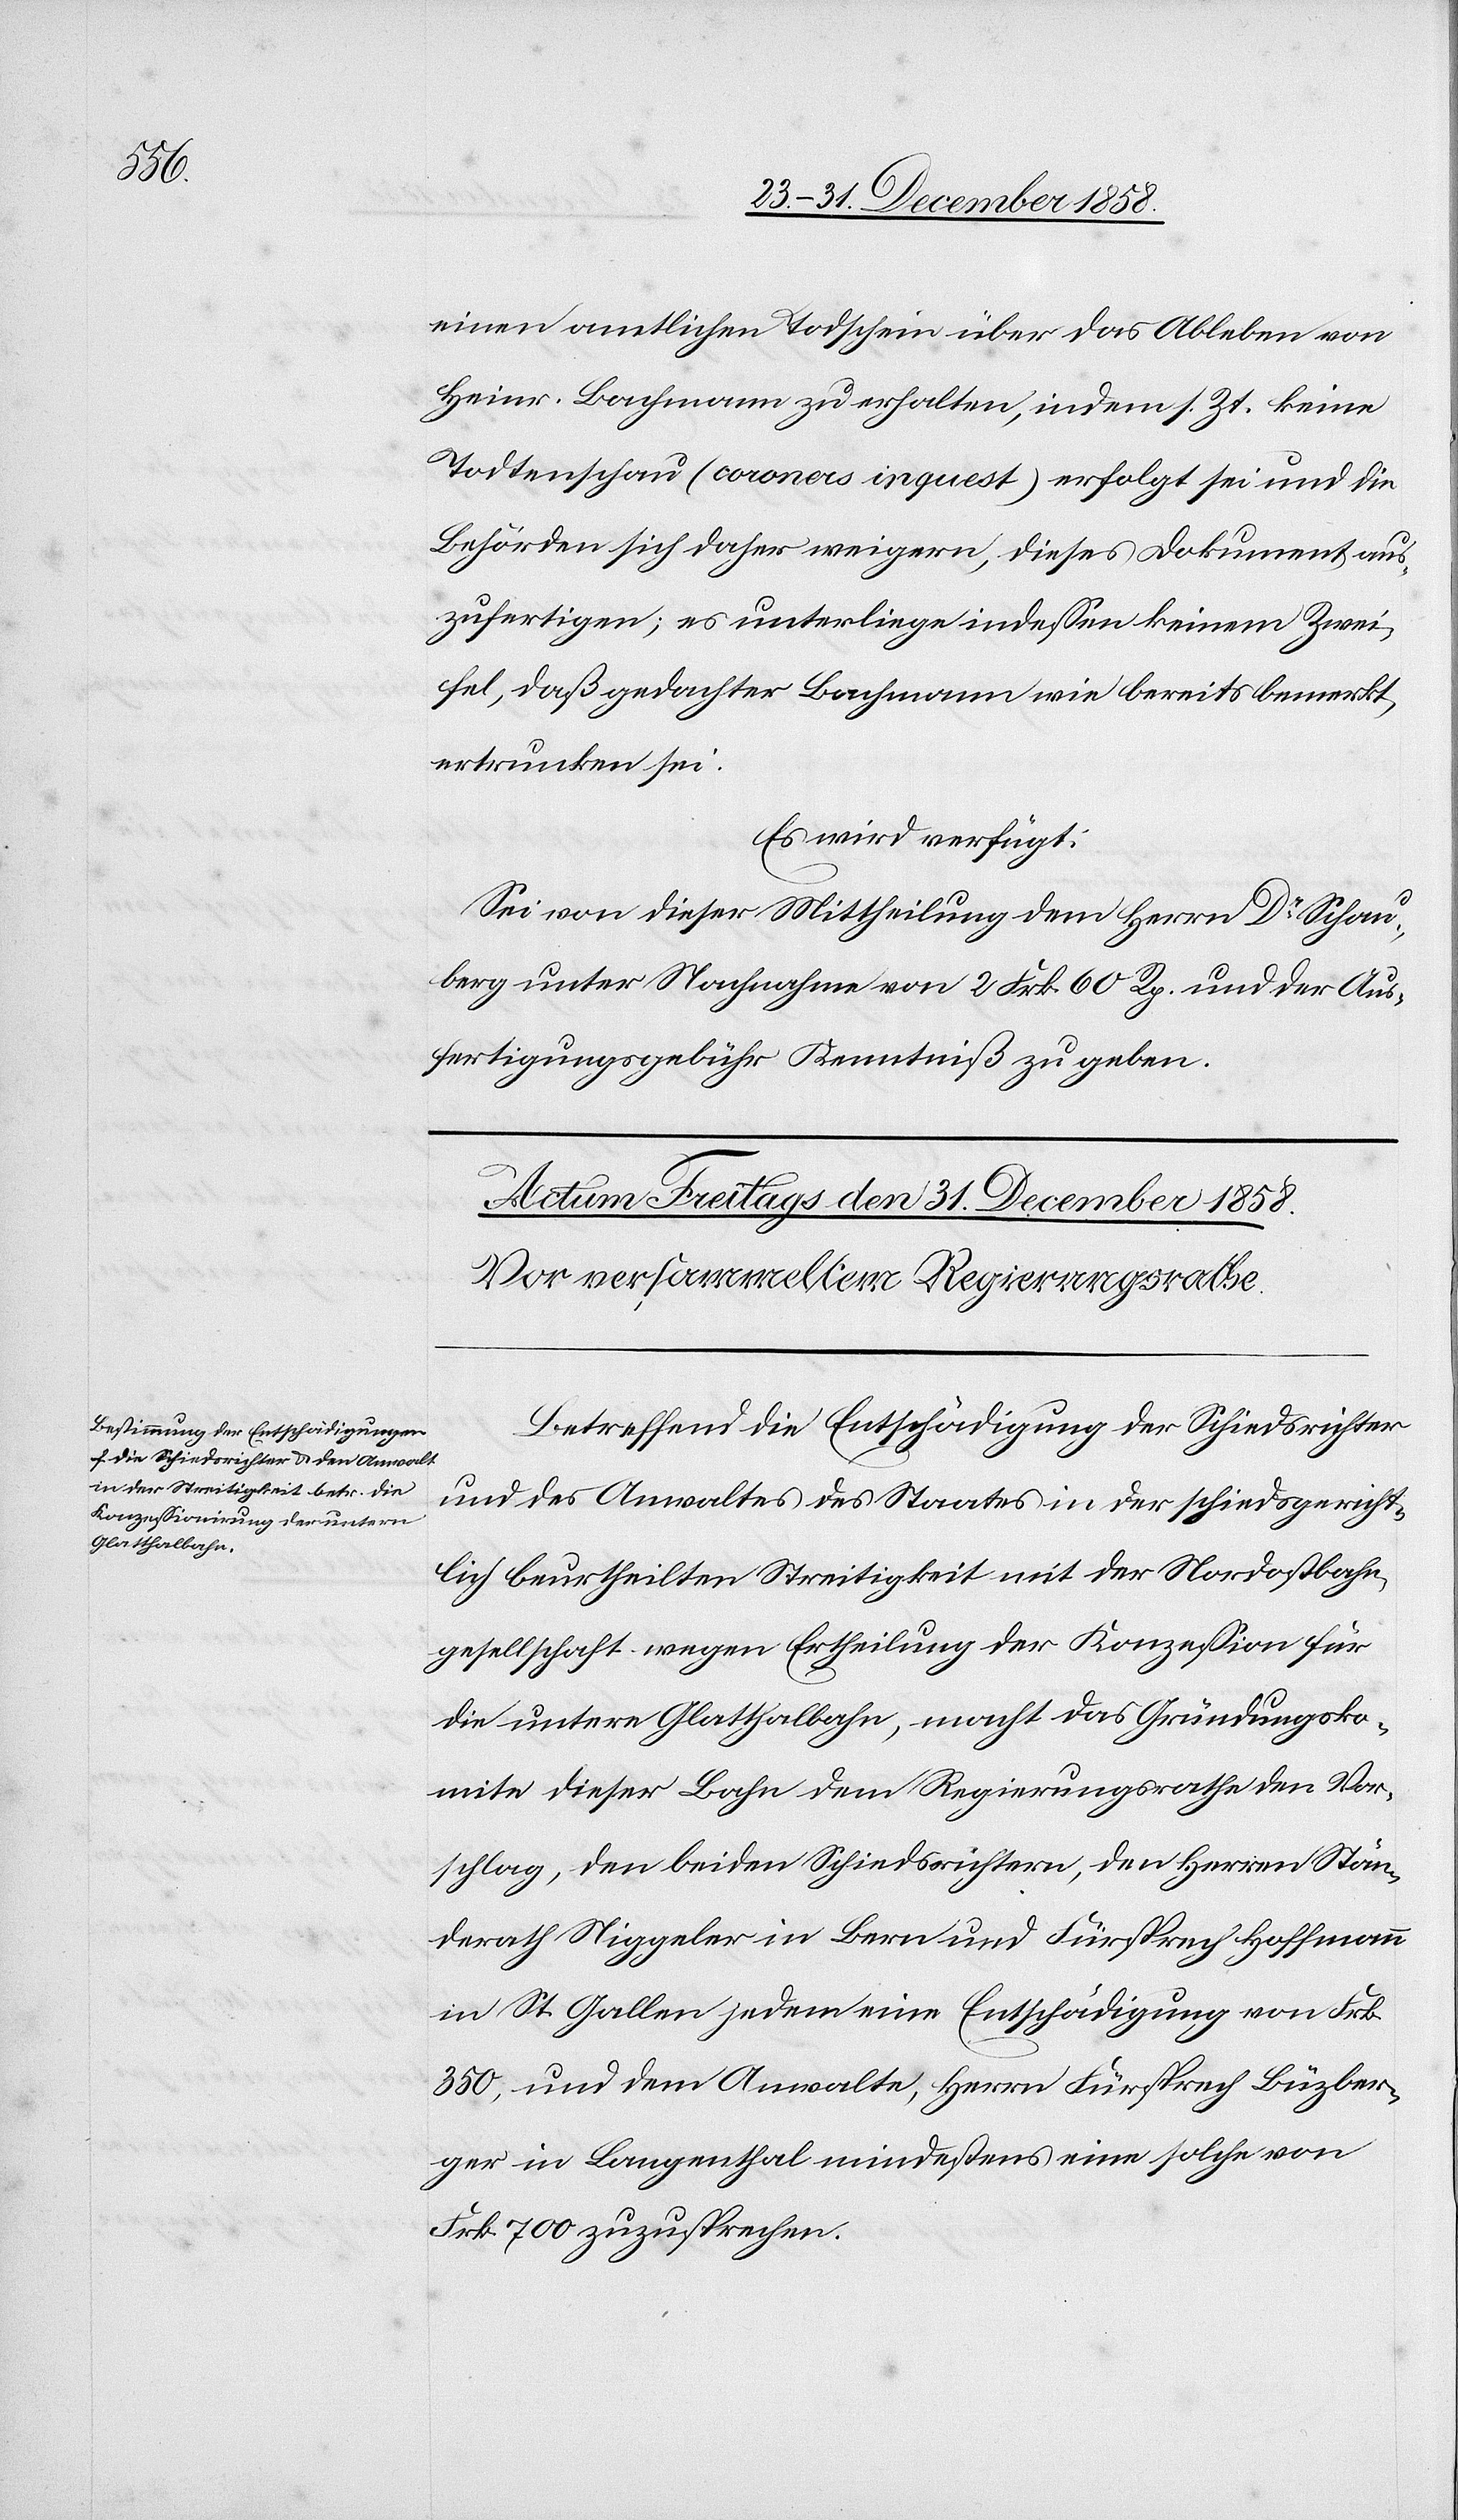
einen amtlichen Todschein über das Ableben von
Heinr. Bachmann zu erhalten, indem s. Zt. keine
Todtenschau (coroners inquest) erfolgt sei und die
Behörden sich daher weigern, dieses Dokument aus¬
zufertigen; es unterliege indessen keinem Zwei¬
fel, daß gedachter Bachmann wie bereits bemerkt,
ertrunken sei.
Es wird verfügt:
Sei von dieser Mittheilung dem Herrn Dr Schau¬
berg unter Nachnahme von 2 Frk. 60 Rp. und der Aus¬
fertigungsgebühr Kenntniß zu geben.
Betreffend die Entschädigung der Schiedsrichter
und des Anwaltes des Staates in der schiedsgericht¬
lich beurtheilten Streitigkeit mit der Nordostbahn¬
gesellschaft wegen Ertheilung der Konzession für
die untere Glatthalbahn, macht das Gründungsko¬
mite dieser Bahn dem Regierungsrathe den Vor¬
schlag, den beiden Schiedsrichtern, den Herren Stän¬
derath Niggeler in Bern und Fürsprech Hoffmann
in St. Gallen jedem eine Entschädigung von Frk.
350, und dem Anwalte, Herrn Fürsprech Büzber¬
ger in Langenthal mindestens eine solche von
Frk. 700 zuzusprechen.